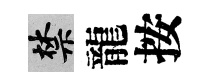
禁龍按